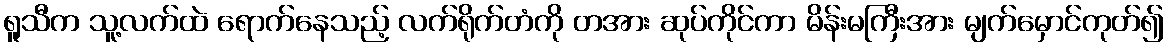
ရူသီက သူ့လက်ထဲ ရောက်နေသည့် လက်ရိုက်တံကို တအား ဆုပ်ကိုင်ကာ မိန်းမကြီးအား မျက်မှောင်ကုတ်၍